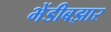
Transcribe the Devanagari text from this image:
भेंडीबझार